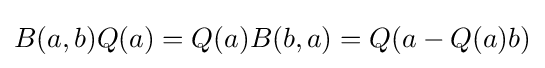
\displaystyle {B(a,b)Q(a)=Q(a)B(b,a)=Q(a-Q(a)b)}